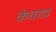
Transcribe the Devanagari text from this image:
केवाडा